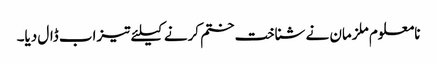
نامعلوم ملزمان نے شناخت ختم کرنے کیلئے تیزاب ڈال دیا۔